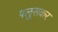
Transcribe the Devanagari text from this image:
पलु्सकर